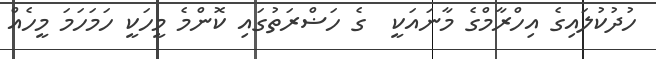
ހުދުކުލައިގެ އިހްރާމްގެ މާނައަކީ  ގެ ހަޟްރަތުގައި ކޮންމެ މީހަކީ ހަމަހަމަ މީހެއް